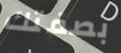
بصفتك